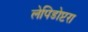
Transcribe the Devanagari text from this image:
लेपिडोप्टरा